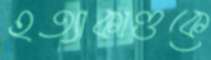
হত্যাকাণ্ডকে